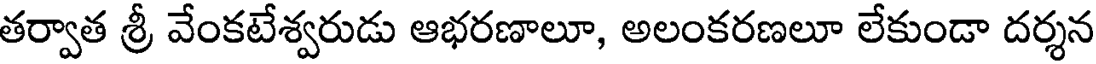
తర్వాత శ్రీ వేంకటేశ్వరుడు ఆభరణాలూ, అలంకరణలూ లేకుండా దర్శన